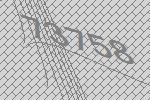
73758